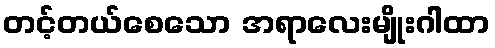
တင့်တယ်စေသော အရာလေးမျိုးဂါထာ